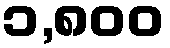
၁,၈၀၀